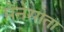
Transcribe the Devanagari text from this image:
मेंनेसोता